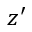
z ^ { \prime }